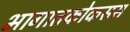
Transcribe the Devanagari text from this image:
भागातकोकसस